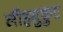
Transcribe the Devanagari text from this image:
लौहमुकुट